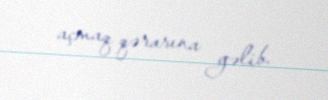
açmaq qərarına gəlib.